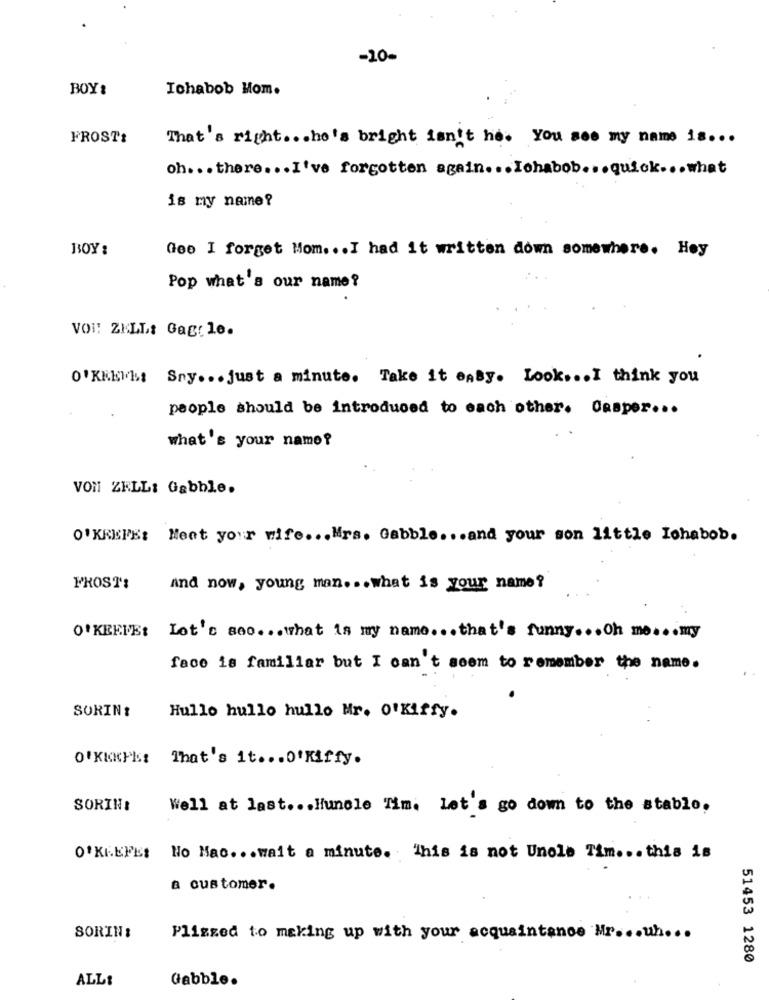
-10-
BOY:
Ichabob Hom.
FROST:
That's right ... ho's bright isn't he. you see my name is ...
oh. . . there ... I've forgotten again ... Ichabob .. . quick ... what
is my name?
BOY :
Gee I forget Mom ... I had it written down somewhere. Hoy
Pop what's our name?
VOI! ZELL: Gag: le.
O'KKENE Sny ... just a minute. Take it easy. Look ... I think you
people should be introduced to each other. Casper ...
what's your name?
VON ZELL: Gabble.
O'KEEFE: Meet your wife ... Mrs. Gabble ... and your son little Lohabob.
FROST:
And now, young man ... what is your name?
O'KEEFE: Lot's seo .. . what is my name ... that's funny ... oh me ... my
face is familiar but I can't seem to remember the name.
Hullo hullo hullo Mr. O'Kiffy.
SORIN:
O'KICKYks That's it .... 'Riffy.
SORINI
Well at last ... Huncle Tim. let's go down to the stable.
O'KEEFE: No Mao ... wait a minute. This is not Unole Tim ... this is
a customer.
SORIN:
Plizzed to making up with your acquaintance Mr ... uh ...
51453 1280
Gabble.
ALL: